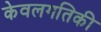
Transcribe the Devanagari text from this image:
केवलगतिकी